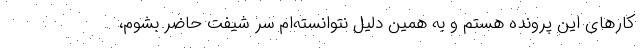
کارهای این پرونده هستم و به همین دلیل نتوانسته‌ام سر شیفت حاضر بشوم،